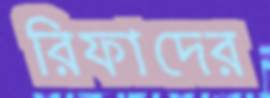
রিফাদের